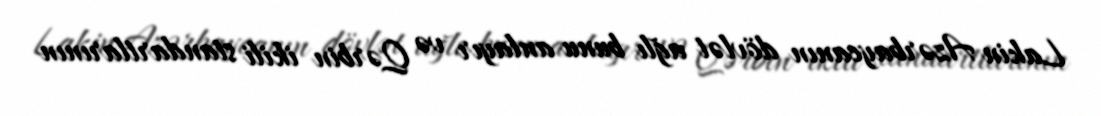
Lakin Azərbaycanın dövlət ağlı bunu anlayır və Qərbin ikili standartlarının